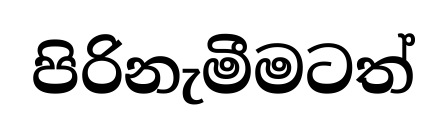
පිරිනැමීමටත්